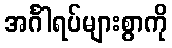
အင်္ဂါရပ်များစွာကို